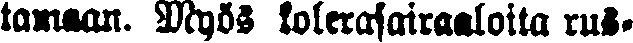
tamaan. Myös kolerasairaaloita rus-